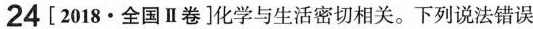
24[2018·全国Ⅱ卷]化学与生活密切相关。下列说法错误